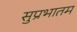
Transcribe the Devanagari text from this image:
सुप्रभातम